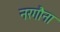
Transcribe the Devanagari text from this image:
नरगौना